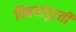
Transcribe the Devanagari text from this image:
विषयापुरती